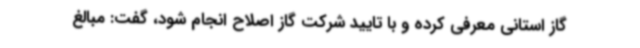
گاز استانی معرفی کرده و با تایید شرکت گاز اصلاح انجام شود، گفت: مبالغ